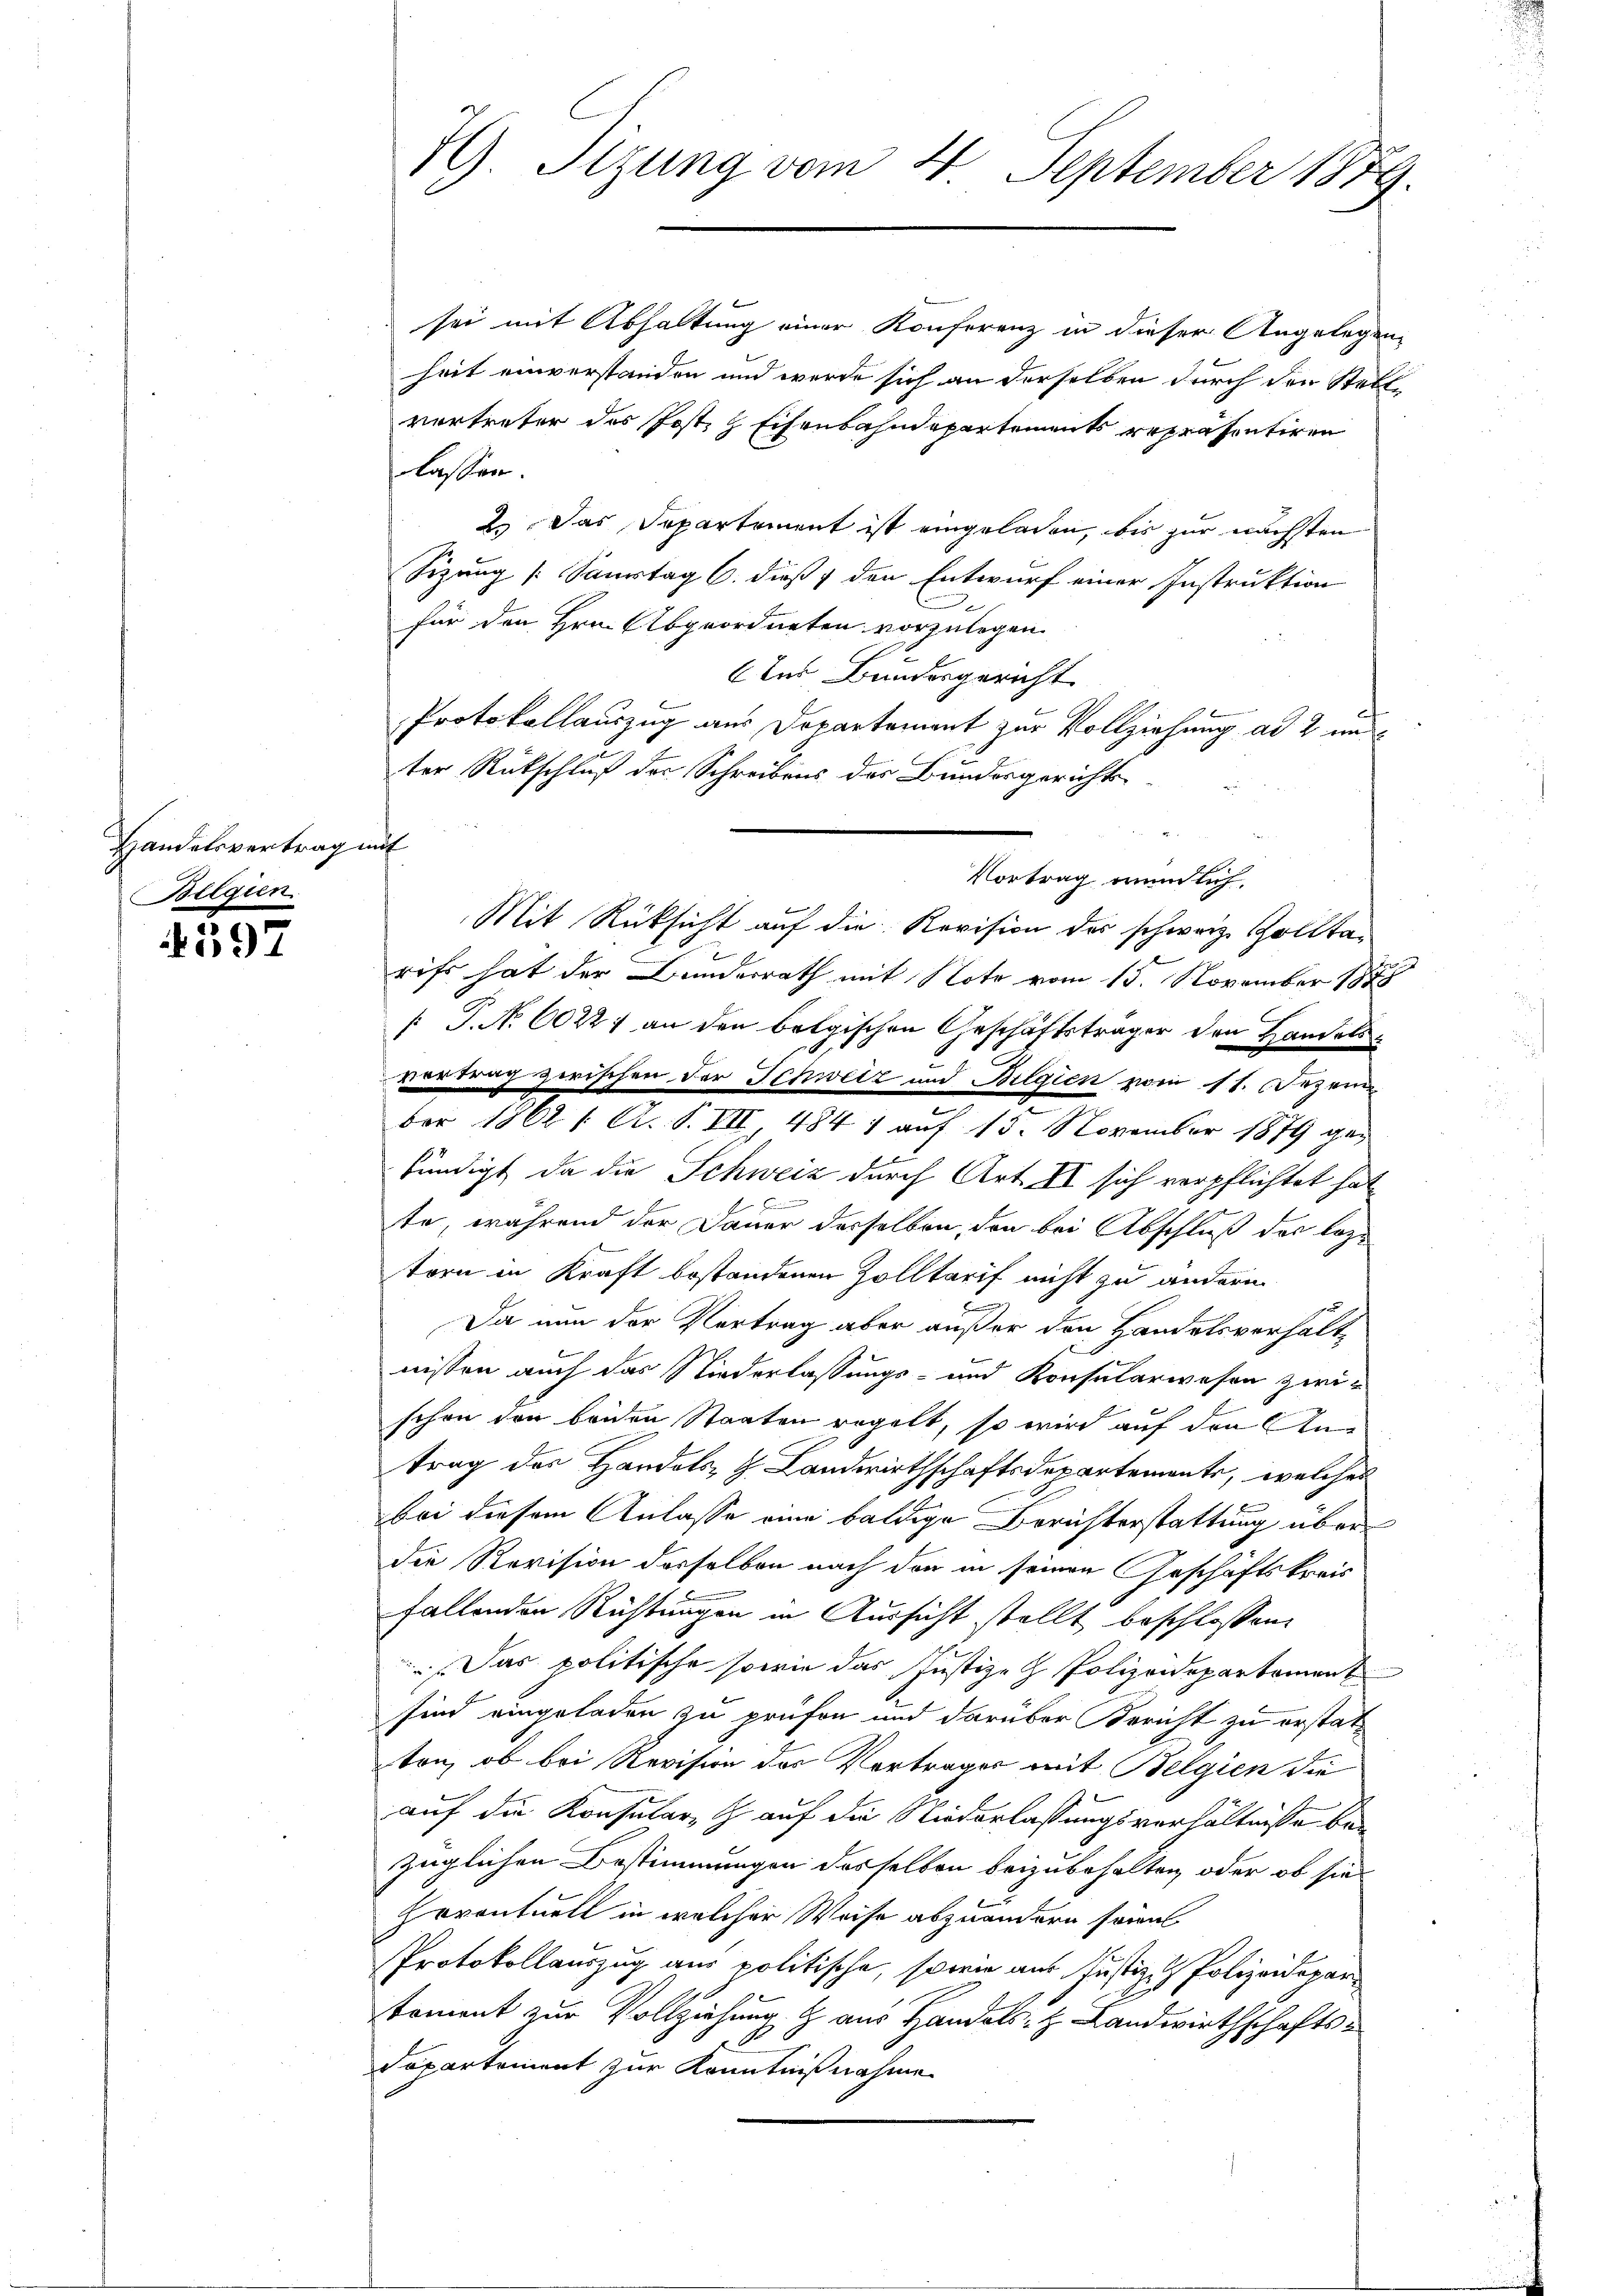
Handelsvertrag mit
Belgien.

4597

sei mit Abhaltung einer Konferenz in dieser Angelegen
heit einverstanden und werde sich an derselben durch den Stellvertreter des Jost & Eisenbahndepartements repräsentiren
lassen.
2.Das Departement ist eingeladen, bis zur nächsten
Sizung [Saurtag 6. dieß den Entwurf einer Instruktion
für den Hrn. Abgeordneten vorzulegen
ter Bundesgericht.
Protokollauszug aus Departement zur Vollziehung ad 2 un
ter Rückschluß der Schreibens des Bundesgerichts
.
Vortrag mündlich.
Mit Rücksicht auf die Revision des schweiz. Zolltarift hat der Bundesrath mit Note vom 15. November 1848
[P.N. 6022 an den belgischen Geschäftsträger den Handelsvortrag zwischen der Schweiz und Belgien zwei st. Dezem
ber 1862 / A. S. VII, 484 1 auf 15. November 1879 gekündigt da die Schweiz durch Art. II sich verpflichtet hat
te, während der Dauer derselben, den bei Abschluß der leztern in Kraft bestandenen Zolltarif nicht zu andern
.
Da nun der Vertrag aber außer den Handelsverhält
nissen auch das Niederlassungs- und Konsularwesen zwi-
schon der beiden Staaten regelt, so wird auf den Antrag des Handels- & Landwirthschaftsdepartemente, welches
bei diesem Anlasse eine baldige Berichterstattung über
die Revision derselben nach den in seinen Geschäftskreis
fallenden Richtungen in Aussicht stellt beschlossen,
Das politische sowie das Justiz- & Polizeidepartement
sind eingeladen zu prüfen und darüber Bericht zu erstatton, ob bei Revision der Vorträger mit Belgien die
auf die Konsular & auf die Niederlassungsverhältnisse bezüglichen Bestimmungen des selben beizubehalten, oder ob sie
hoventuell in welcher Weise abzuändern sein
Protokollauszug aus politische, sowie aus Justiz- & Polizeideparkoment zur Vollziehung & aus Handels- & Landwirthschafts¬

Dapartement zur Kenntnißnahme

7. Sizung vom 4. September 1879.